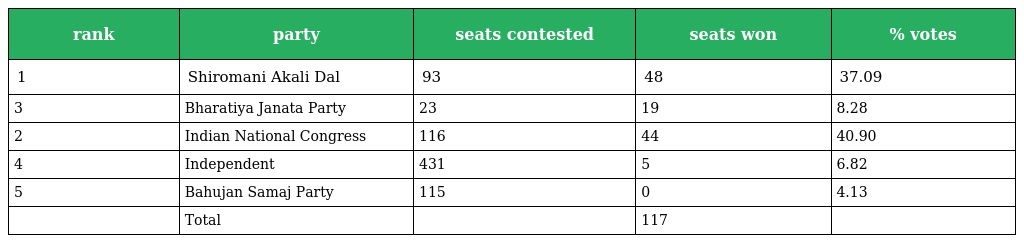
| rank | party | seats contested | seats won | % votes |
 | --- | --- | --- | --- | --- |
 | 1 | Shiromani Akali Dal | 93 | 48 | 37.09 |
 | 3 | Bharatiya Janata Party | 23 | 19 | 8.28 |
 | 2 | Indian National Congress | 116 | 44 | 40.90 |
 | 4 | Independent | 431 | 5 | 6.82 |
 | 5 | Bahujan Samaj Party | 115 | 0 | 4.13 |
 |  | Total |  | 117 |  |